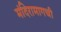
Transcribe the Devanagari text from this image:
मंदिरामागची